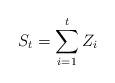
LaTeX: \begin{align*}S_{t} & =\sum_{i=1}^{t}Z_{i}\end{align*}